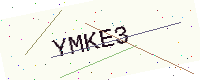
Text: YMKE3